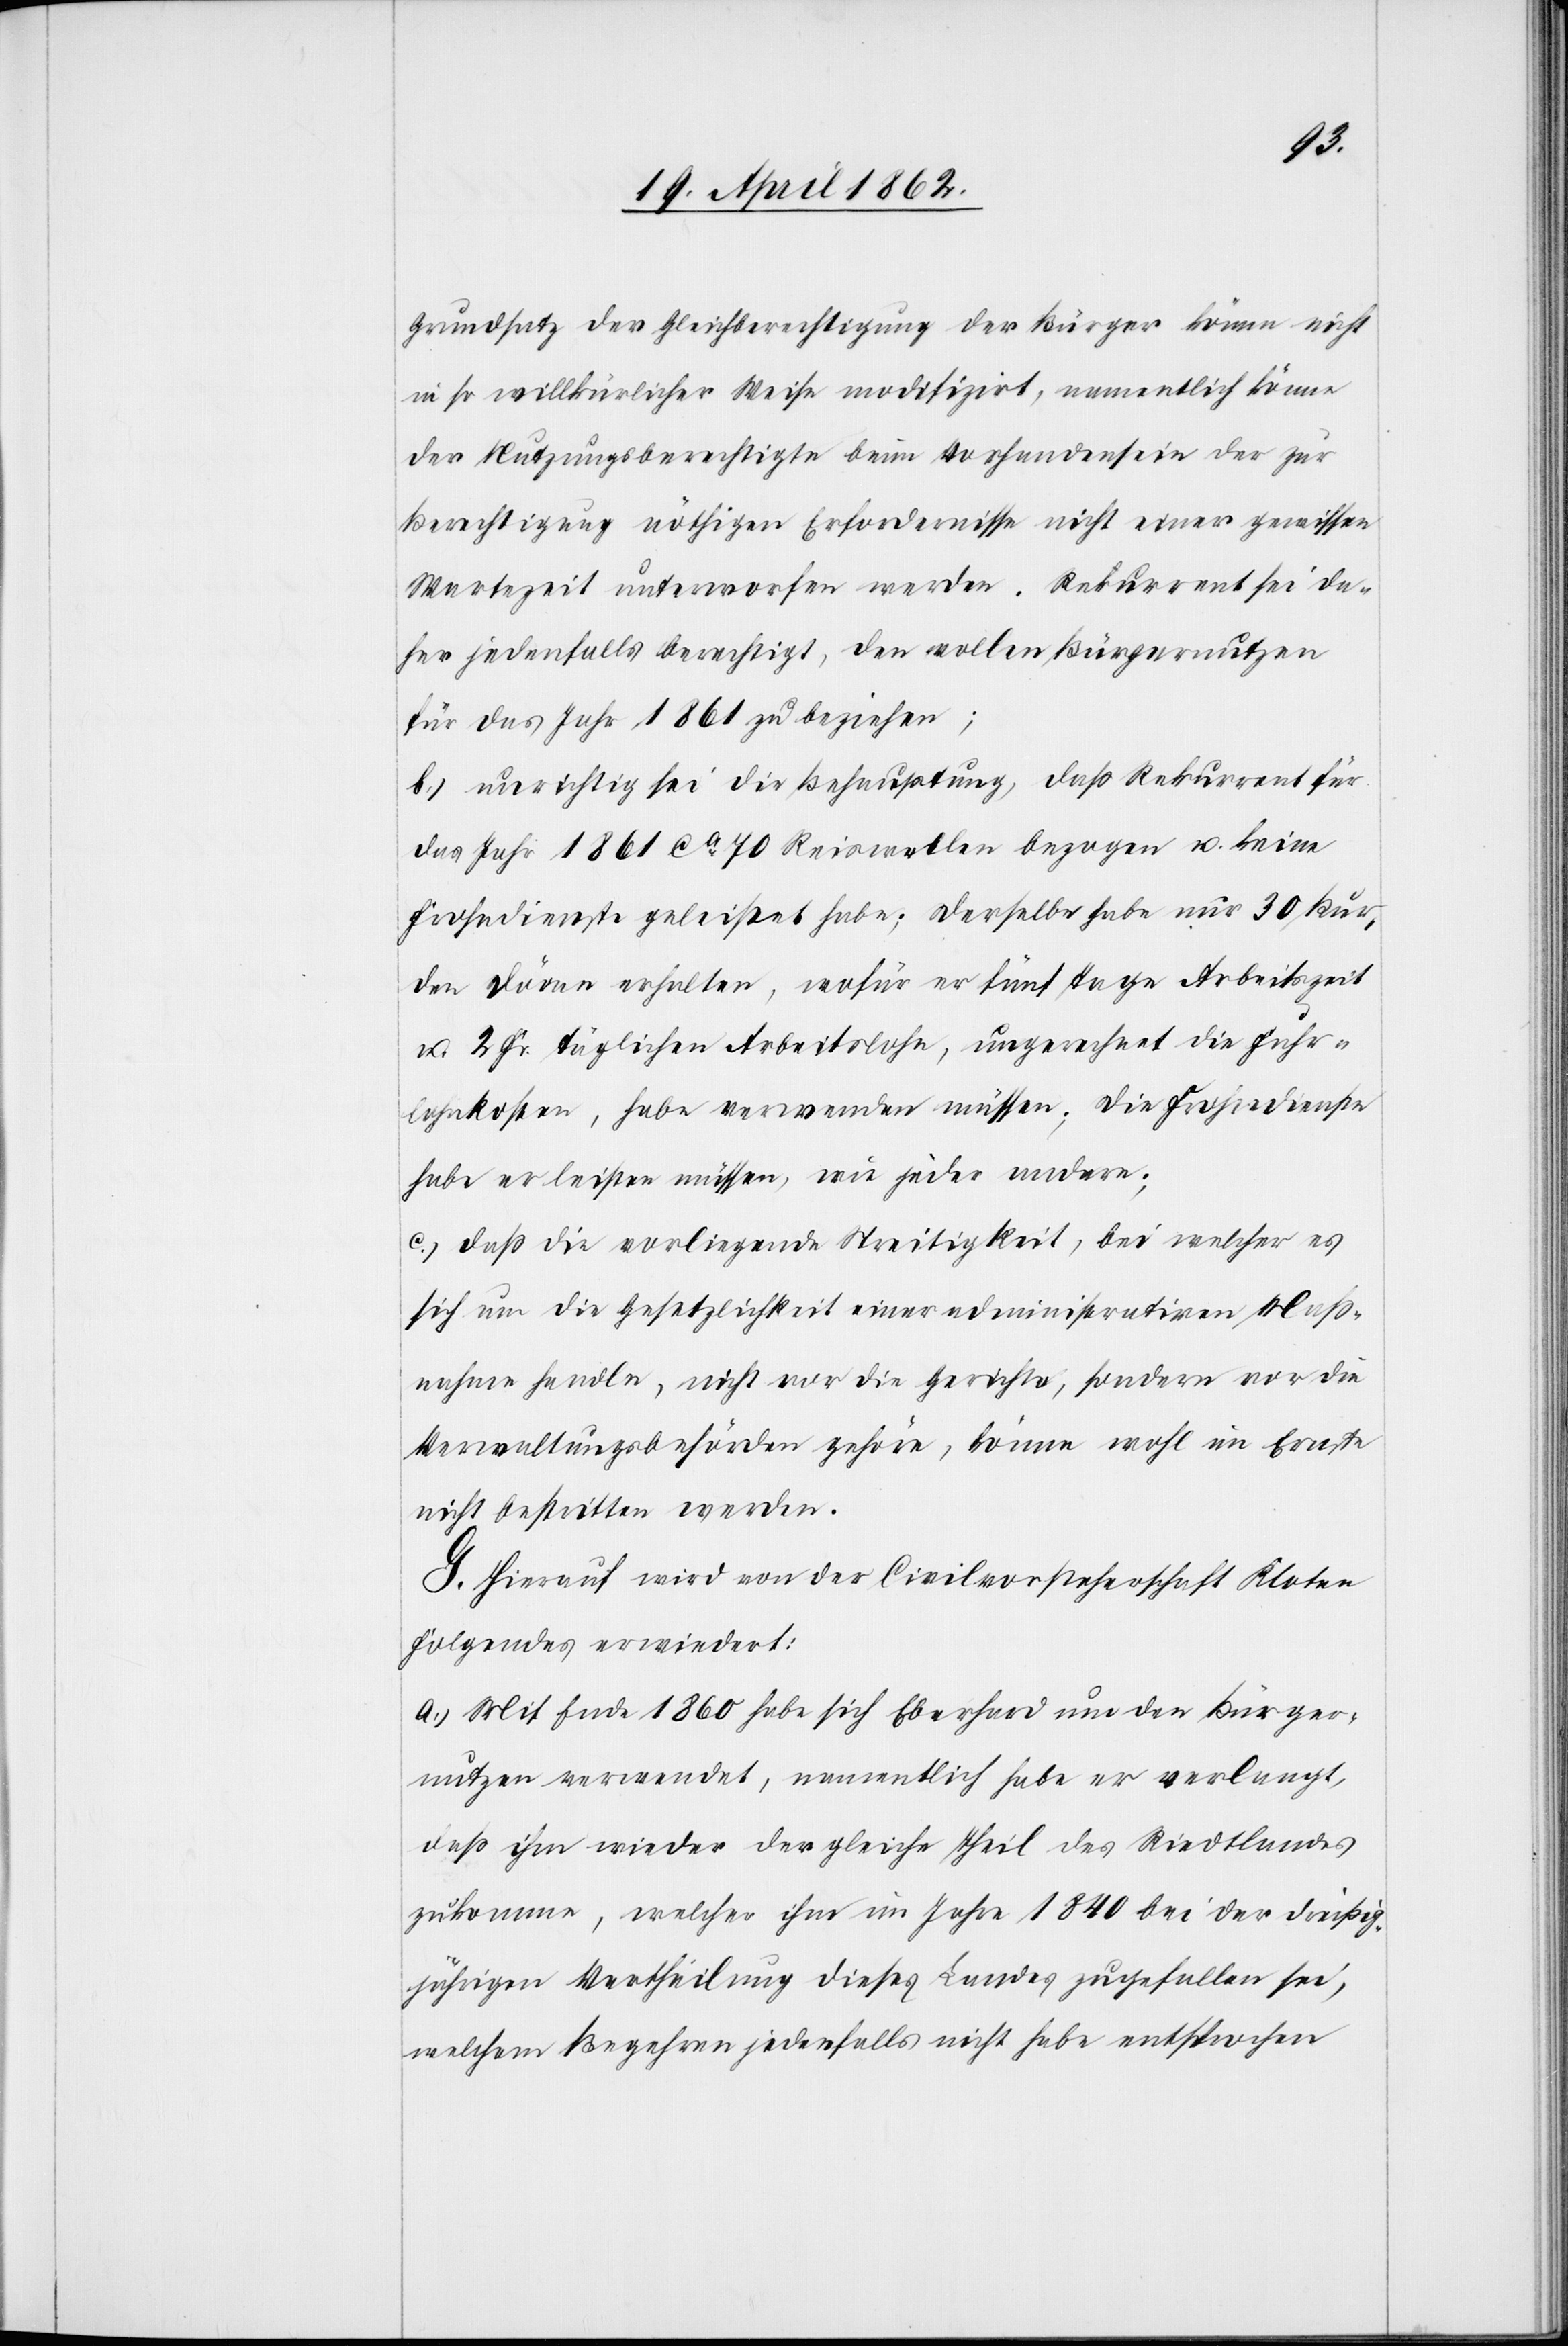
Grundsatz der Gleichberechtigung der Bürger könne nicht
in so willkürlicher Weise modifizirt, namentlich könne
der Nutzungsberechtigte beim Vorhandensein der zur
Berechtigung nöthigen Erfordernisse nicht einer gewissen
Wartezeit unterworfen werden. Rekurrent sei da¬
her jedenfalls berechtigt, den vollen Bürgernutzen
für das Jahr 1861 zu beziehen;
b) unrichtig sei die Behauptung, daß Rekurrent für
das Jahr 1861 ca. 70 Reiswollen bezogen u. keine
Frohndienste geleistet habe; derselbe habe nur 30 Kur¬
den Döven erhalten, wofür er fünf Tage Arbeitszeit
u. 2 Fr. täglichen Arbeitslohn, umgerechnet die Fuhr¬
lohnkosten, habe verwenden müssen; die Frohndienste
habe er leisten müssen, wie jeder andere;
c) daß die vorliegende Streitigkeit, bei welcher es
sich um die Gesetzlichkeit einer administrativen Maß¬
nahme handle, nicht vor die Gerichte, sondern vor die
Verwaltungsbehörden gehöre, könne wohl im Ernste
nicht bestritten werden.
G. Hierauf wird von der Civilvorsteherschaft Kloten
folgendes erwiedert:
a) Mit Ende 1860 habe sich Eberhard um den Bürger¬
nutzen verwendet, namentlich habe er verlangt,
daß ihm wieder der gleiche Theil des Riedtlandes
zukomme, welcher ihm im Jahre 1840 bei der dreißig¬
jährigen Verheilung dieses Landes zugefallen sie,
welchem Begehren jedenfalls nicht habe entsprochen